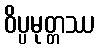
ဝိပ္ပမုတ္တဿ